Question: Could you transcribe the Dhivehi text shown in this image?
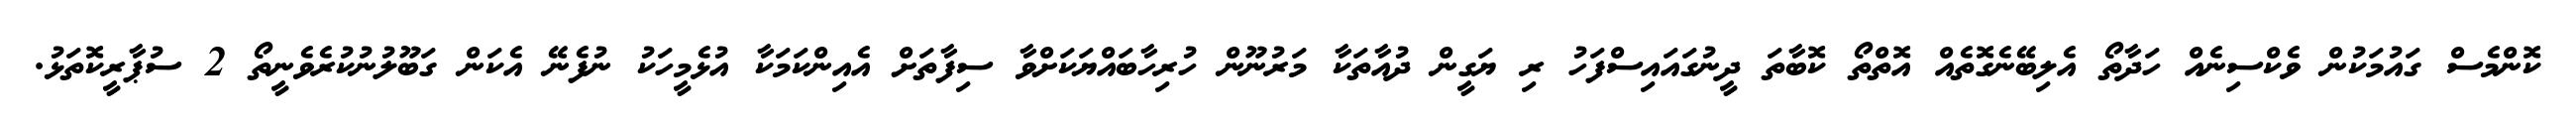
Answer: ކޮންމެސް ގައުމަކުން ވެކްސިނެއް ހަދާތޯ އެލިބޭނެގޮތެއް އޮތްތޯ ކޮބާތަ ދީނުގައައިސްފަހު ރި ޔަގީން ދުއާތަކާ މަރުނޫން ހުރިހާބައްޔަކަށްވާ ސިފާތަށް އެއިންކަމަކާ އުޅެމީހަކު ނުފެނޭ އެކަން ގަބޫލުނުކުރެވެނީތޯ 2 ސުޕާރީކޮތަޅު.